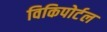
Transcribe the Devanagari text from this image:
विकिपोर्टल